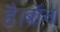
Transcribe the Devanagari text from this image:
है।बॉन